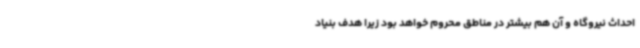
احداث نیروگاه و آن هم بیشتر در مناطق محروم خواهد بود زیرا هدف بنیاد